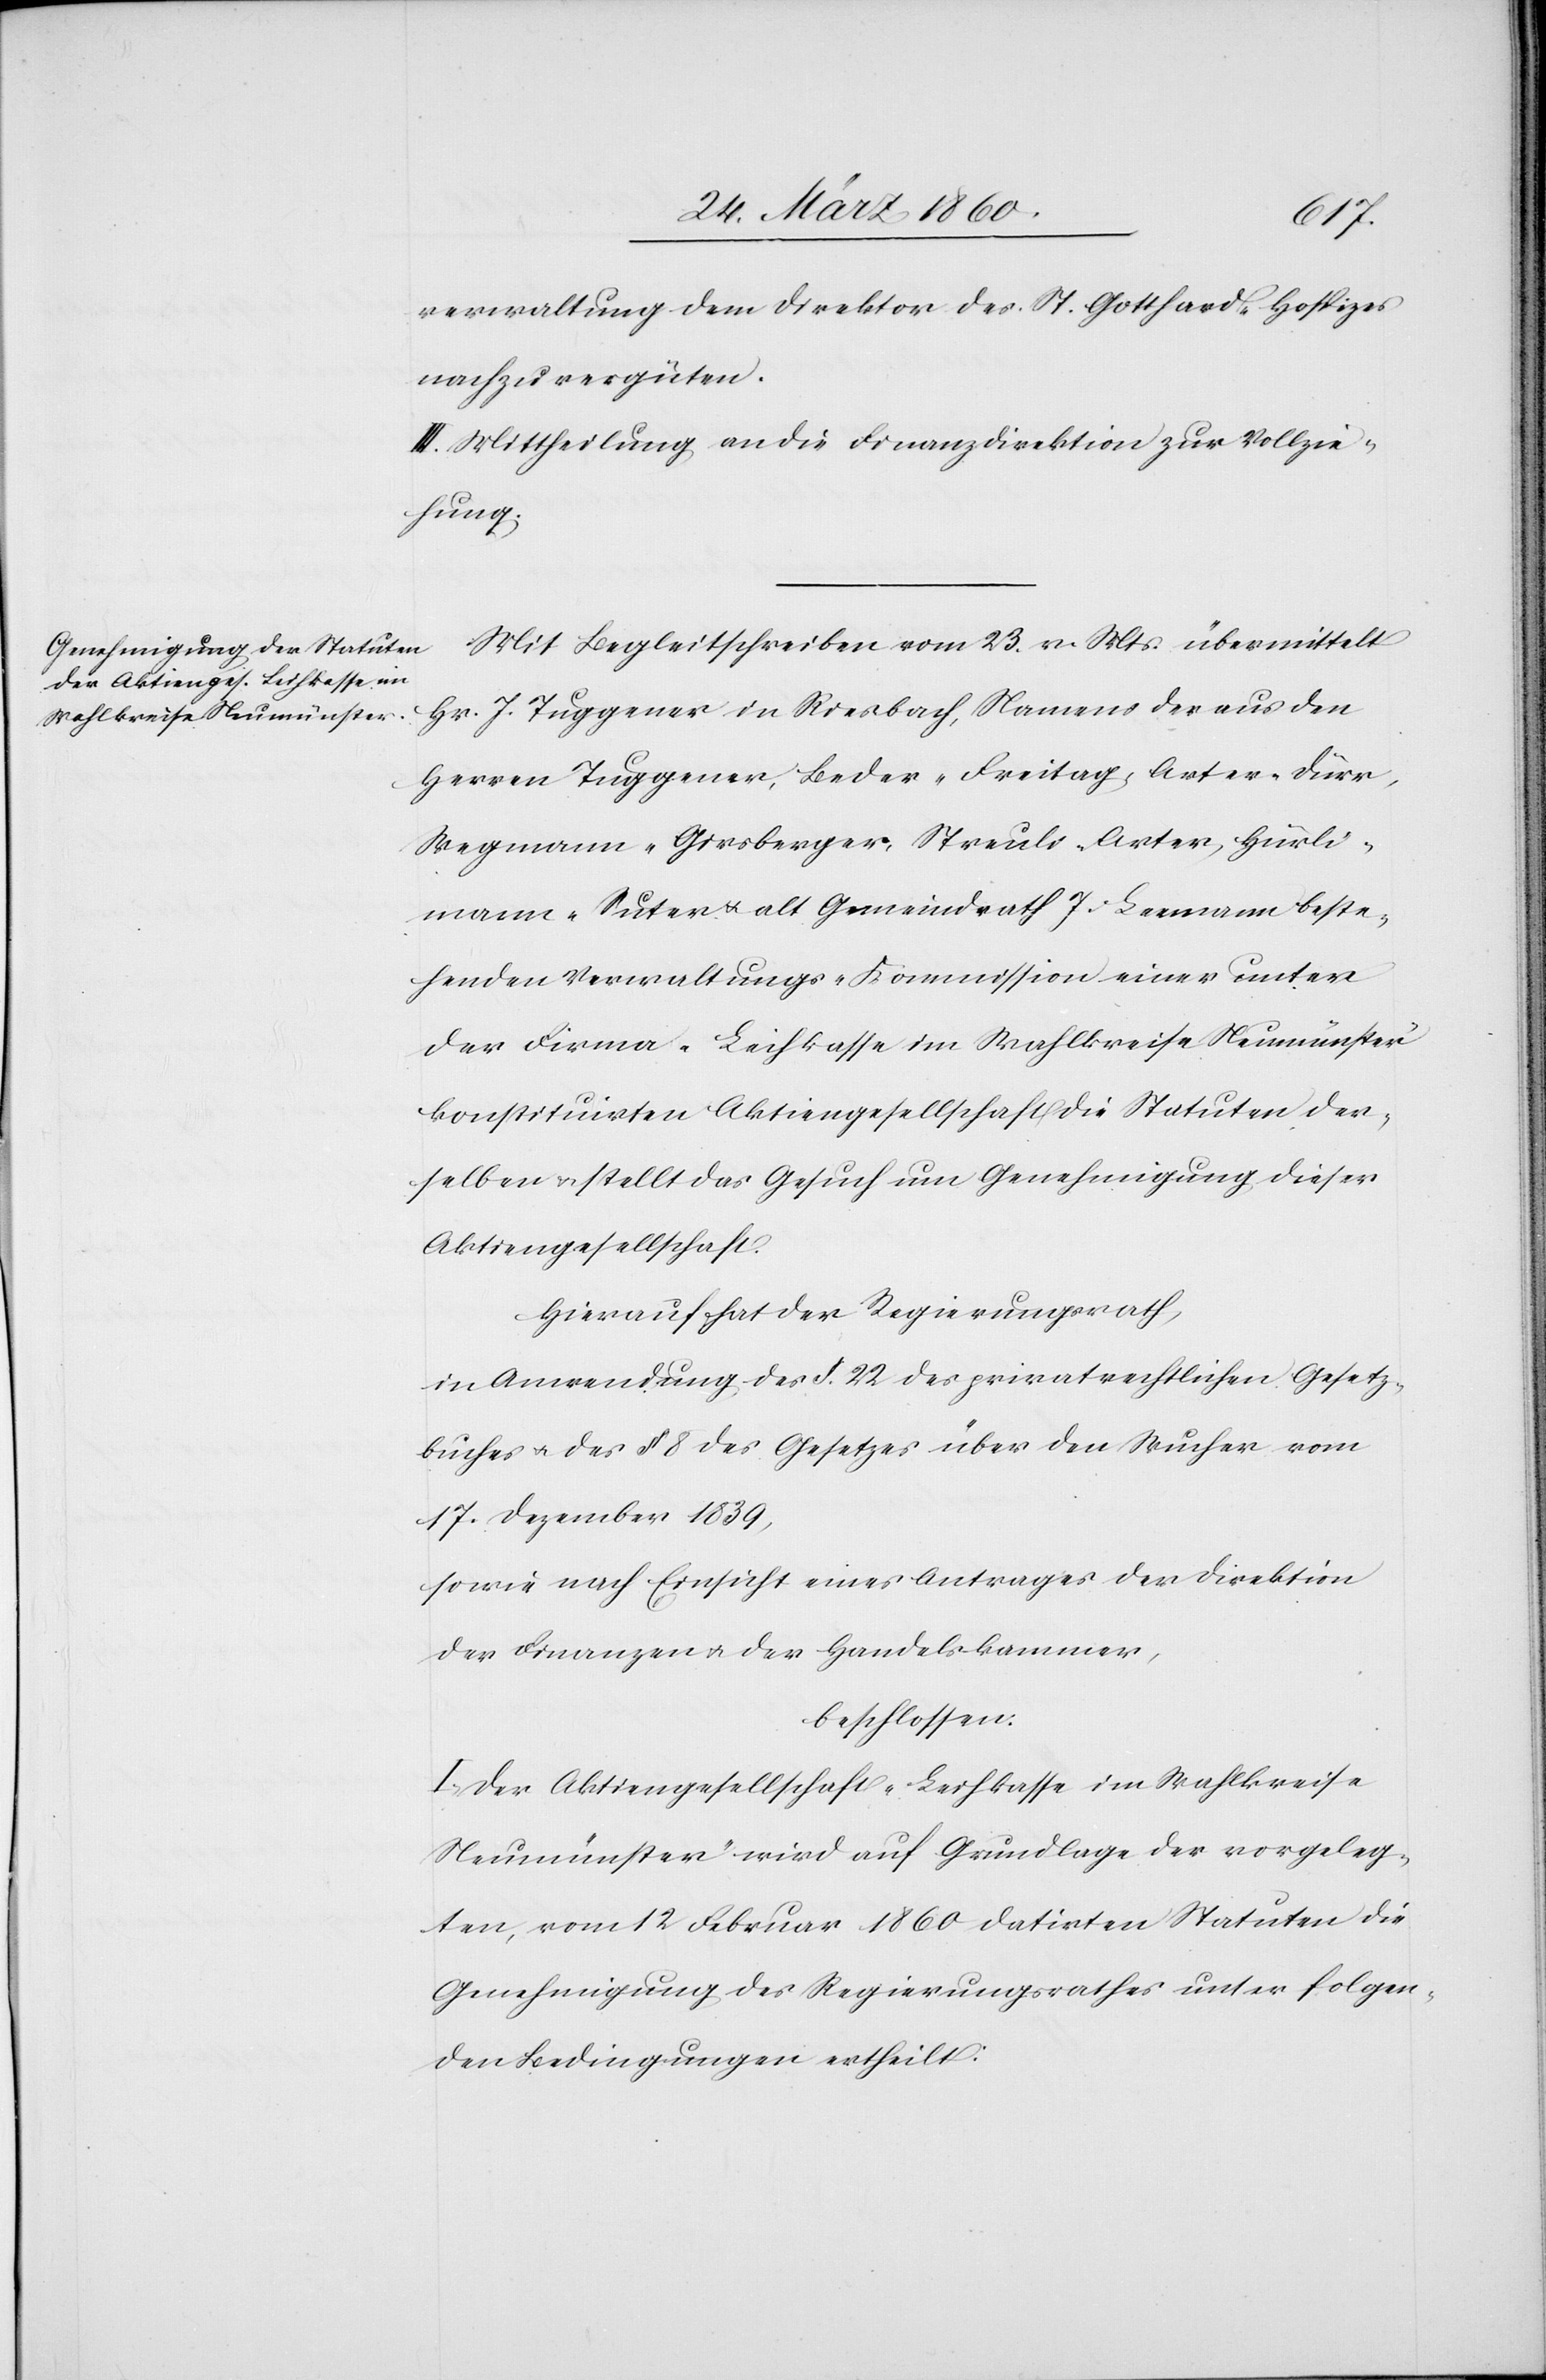
verwaltung dem Direktor des St. Gotthard-Hospizes
nach zu vergüten.
III. Mittheilung an die Finanzdirektion zur Vollzie¬
hung.
Mit Begleitschreiben vom 23. v. Mts. übermittelt
Hr. J. Tuggener in Riesbach, Namens der aus den
Herren Tuggener, Beder-Freitag, Arter-Dürr,
Wegmann-Girsberger, Streuli-Arter, Hürli¬
mann-Suter u. alt Gemeindrath J. Leeman beste¬
henden Verwaltungs-Kommission einer unter
der Firma „Leihkasse im Wahlkreise Neunmünster“
konsituirten Akteingesellschaft die Statuten der¬
selben u. stellt das Gesuch um Genehmigung dieser
Aktiengesellschaft.
Hierauf hat der Regierungsrath,
in Anwendung des §. 22. des privatrechtlichen Gesetz¬
buches u. des §. 8. des Gesetzes über den Wucher vom
17. Dezember 1839,
sowie nach Einsicht eines Antrages der Direktion
der Finanzen u. der Handelskammer,
beschlossen:
I. Der Aktiengesellschaft „Leihkasse im Wahlkreise
Neunmünster“ wird auf Grundlage der vorgeleg¬
ten, vom 12. Februar 1860 datirten Statuten die
Genehmigung des Regierungsrathes unter folgen¬
den Bedingungen ertheilt: